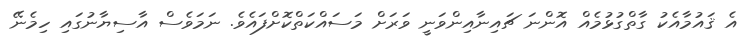
އެ ޤައުމާއެކު ގާތްގުޅުމެއް އޮންނަ ޗައިނާއިންވަނީ ވަރަށް މަސައްކަތްކޮށްފައެވެ. ނަމަވެސް އާސިޔާނުގައި ހިމެނޭ